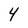
Character: 4